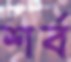
শর্ব